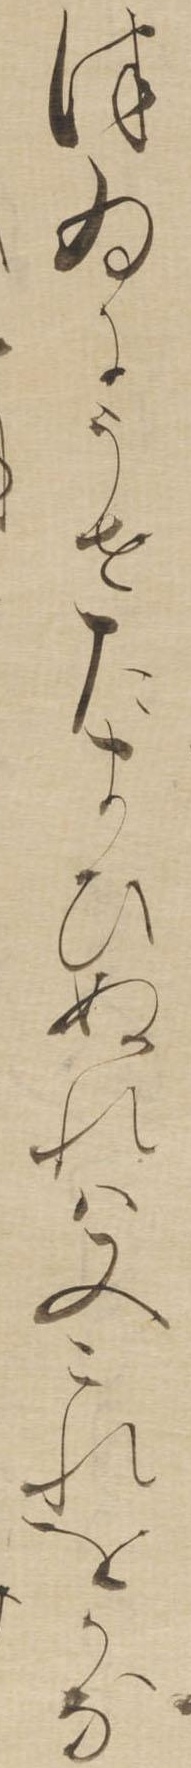
つゐにうせたまひぬれは又これをかな